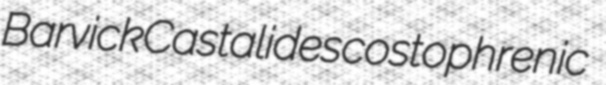
Barvick Castalides costophrenic